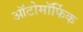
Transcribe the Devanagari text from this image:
ऑटोमॉर्फिक